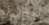
للمسرح